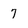
Character: 7